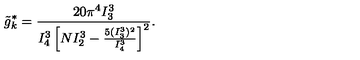
\tilde { g } _ { k } ^ { * } = \frac { 2 0 \pi ^ { 4 } I _ { 3 } ^ { 3 } } { I _ { 4 } ^ { 3 } \left[ N I _ { 2 } ^ { 3 } - \frac { 5 ( I _ { 3 } ^ { 3 } ) ^ { 2 } } { I _ { 4 } ^ { 3 } } \right] ^ { 2 } } .